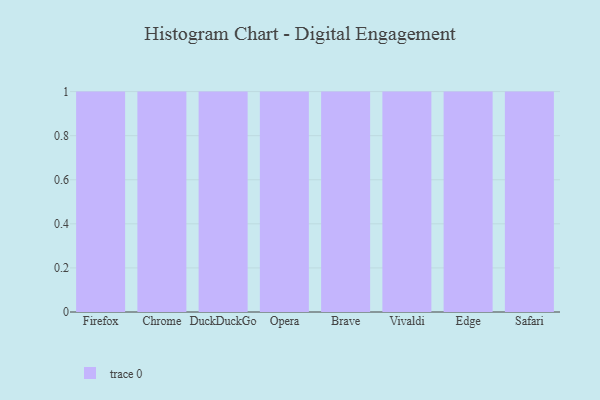
{"axis": {"x": "Browser", "y": "Bounce Rate (%)"}, "legend": [""], "data": [{"x": "Firefox", "y": 65, "type": ""}, {"x": "Chrome", "y": 40, "type": ""}, {"x": "DuckDuckGo", "y": 82, "type": ""}, {"x": "Opera", "y": 35, "type": ""}, {"x": "Brave", "y": 32, "type": ""}, {"x": "Vivaldi", "y": 34, "type": ""}, {"x": "Edge", "y": 55, "type": ""}, {"x": "Safari", "y": 20, "type": ""}]}